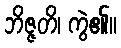
ဘိဇ္ဇတိ၊ ကွဲ၏။